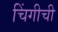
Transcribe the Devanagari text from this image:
चिंगीची